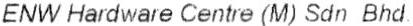
ENW HARDWARE CENTRE (M) SDN BHD.